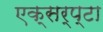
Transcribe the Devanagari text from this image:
एक्सर्प्टा